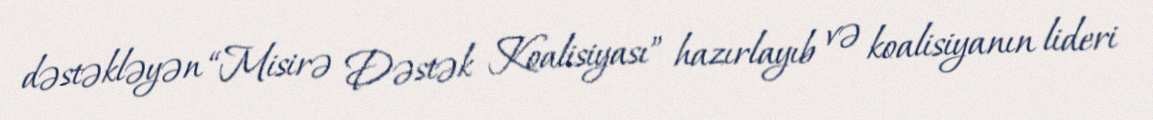
dəstəkləyən “Misirə Dəstək Koalisiyası” hazırlayıb və koalisiyanın lideri